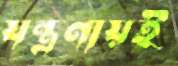
যন্ত্রণায়ই